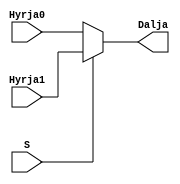
`timescale 1ns / 1ps
//////////////////////////////////////////////////////////////////////////////////
// Company: 
// Engineer: 
// 
// Design Name: 
// Module Name: mux2ne1_3bit
// Project Name: 
// Target Devices: 
// Tool Versions: 
// Description: 
// 
// Dependencies: 
// 
// Revision:
// Revision 0.01 - File Created
// Additional Comments:
// 
//////////////////////////////////////////////////////////////////////////////////


module mux2ne1_3bit(
    input[2:0] Hyrja0,
    input[2:0] Hyrja1,
    input S,
    output[2:0] Dalja
    );
    
assign Dalja = S ? Hyrja1 : Hyrja0;

endmodule